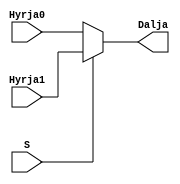
`timescale 1ns / 1ps
//////////////////////////////////////////////////////////////////////////////////
// Company: 
// Engineer: 
// 
// Design Name: 
// Module Name: mux2ne1_3bit
// Project Name: 
// Target Devices: 
// Tool Versions: 
// Description: 
// 
// Dependencies: 
// 
// Revision:
// Revision 0.01 - File Created
// Additional Comments:
// 
//////////////////////////////////////////////////////////////////////////////////


module mux2ne1_3bit(
    input[2:0] Hyrja0,
    input[2:0] Hyrja1,
    input S,
    output[2:0] Dalja
    );
    
assign Dalja = S ? Hyrja1 : Hyrja0;

endmodule